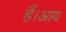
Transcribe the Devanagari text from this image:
हैं।आय